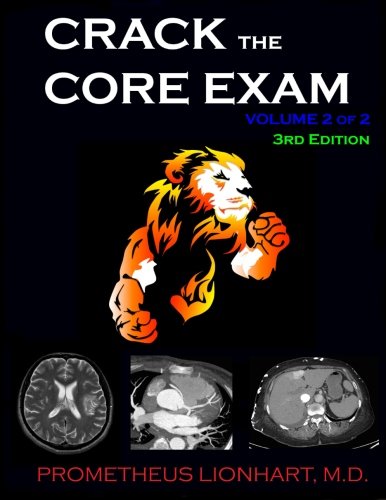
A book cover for Crack the Core Exam - Volume 2:: Strategy guide and comprehensive study manual; Prometheus Lionhart M.D.; Test Preparation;